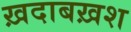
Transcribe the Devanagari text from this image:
ख़दाबख़श